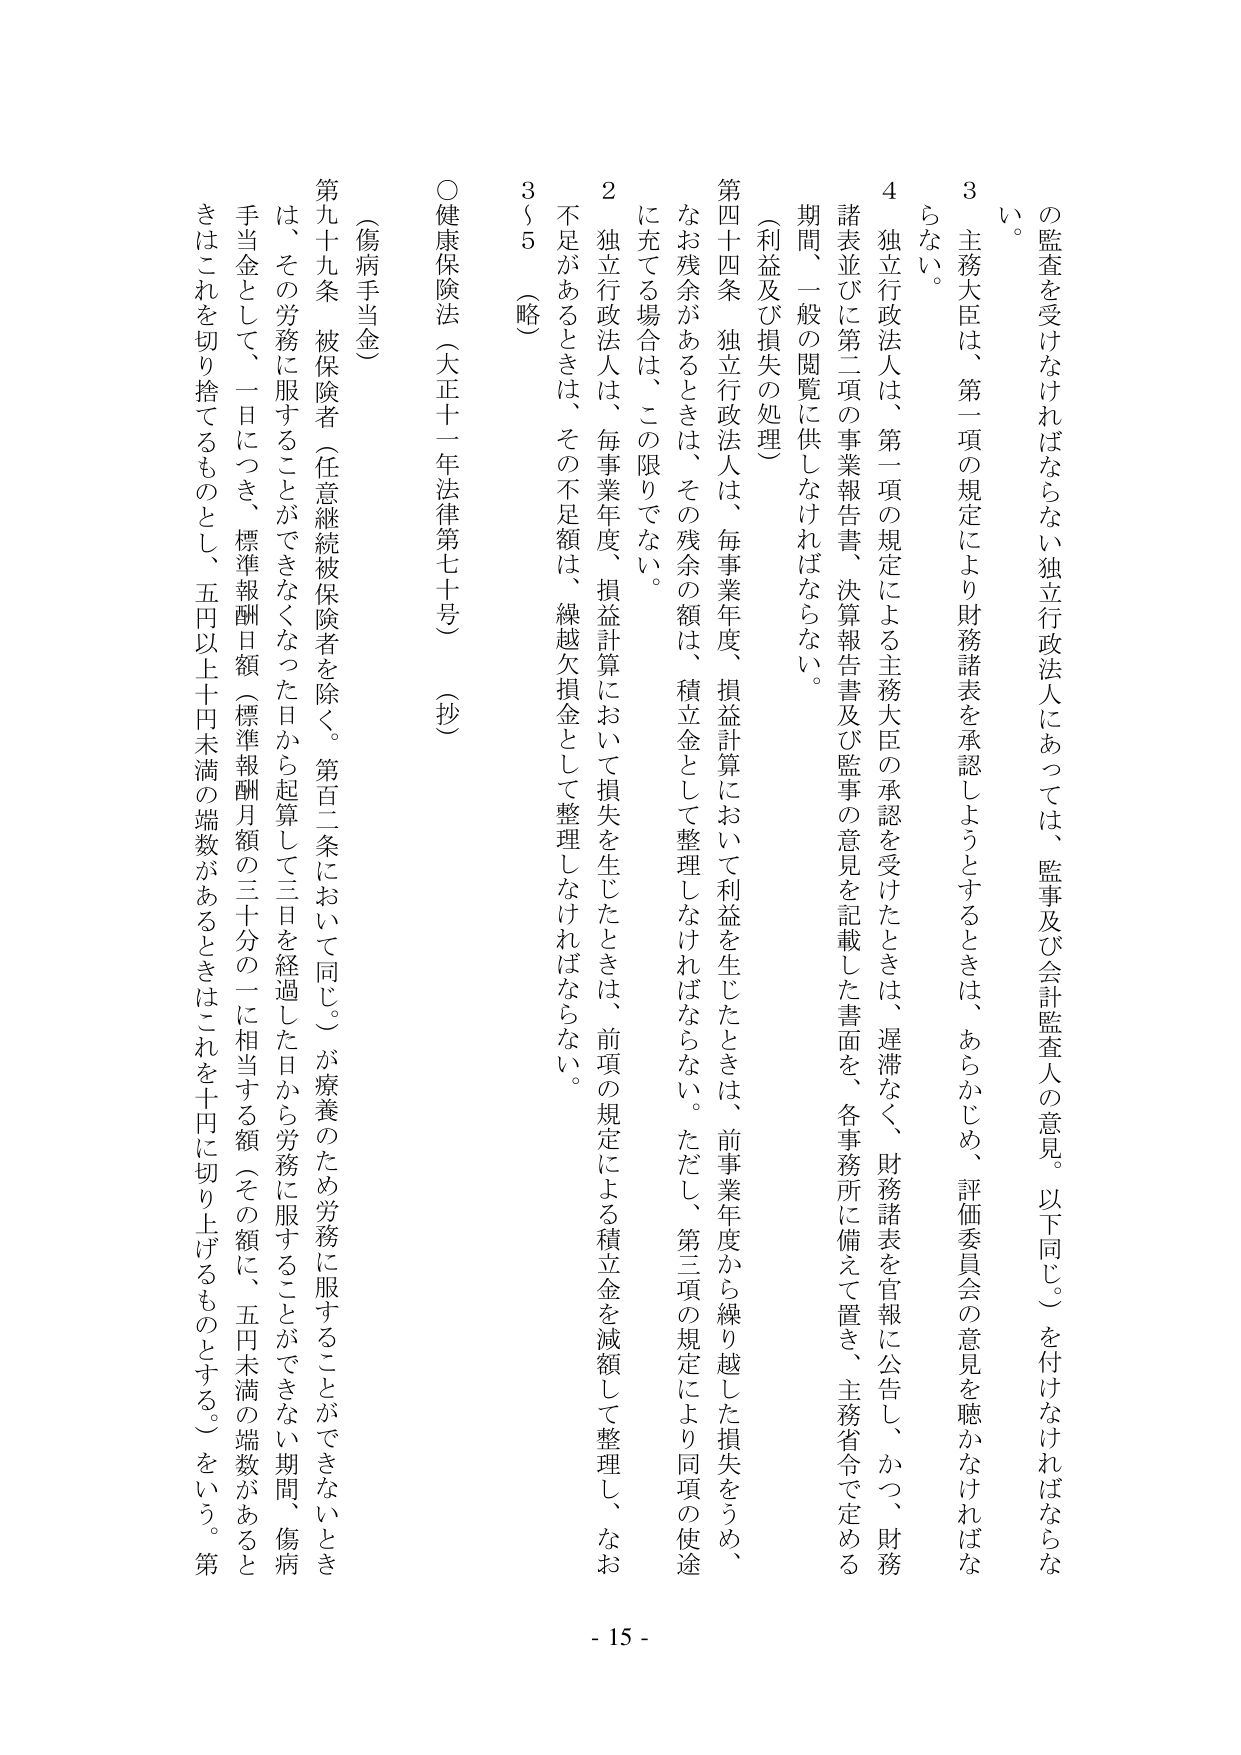
の監査を受けなければならない独立行政法人にあっては、監事及び会計監査人の意見。以下同じ。）を付けなければならない。
3 主務大臣は、第一項の規定により財務諸表を承認しようとするときは、あらかじめ、評価委員会の意見を聴かなければなら
ない。
4 独立行政法人は、第一項の規定による主務大臣の承認を受けたときは、遅滞なく、財務諸表を官報に公告し、かつ、財務
諸表並びに第二項の事業報告書、決算報告書及び監事の意見を記載した書面を、各事務所に備えて置き、主務省令で定める
期間、一般の閲覧に供しなければならない。
（利益及び損失の処理）
第四十四条 独立行政法人は、毎事業年度、損益計算において利益を生じたときは、前事業年度から繰り越した損失をうめ、
なお残余があるときは、その残余の額は、積立金として整理しなければならない。ただし、第三項の規定により同項の使途
に充てる場合は、この限りでない。
2 独立行政法人は、毎事業年度、損益計算において損失を生じたときは、前項の規定による積立金を減額して整理し、なお
不足があるときは、その不足額は、繰越欠損金として整理しなければならない。
3～5 （略）
○健康保険法（大正十一年法律第七十号）（抄）
（傷病手当金）
第九十九条 被保険者（任意継続被保険者を除く。第百二条において同じ。）が療養のため労務に服することができないとき
は、その労務に服することができなくなった日から起算して三日を経過した日から労務に服することができない期間、傷病
手当金として、一日につき、標準報酬日額（標準報酬月額の三十分の一に相当する額（その額に、五円未満の端数があると
きはこれを切り捨てるものとし、五円以上十円未満の端数があるときはこれを十円に切り上げるものとする。）をいう。第
- 15 -